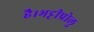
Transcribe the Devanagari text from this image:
है।भट्टीप्रोलु